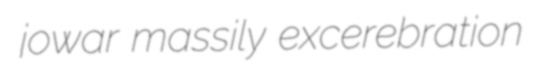
jowar massily excerebration